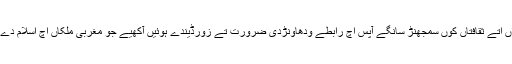
29 ستمبر (اے پی پی) وزیرخارجہ شاہ محمود قریشی مختلف معاشراں اتے ثقافتاں کوں سمجھنڑ سانگے آپس اچ رابطے ودھاونڑدی ضرورت تے زورڈیندے ہوئیں آکھیے جو مغربی ملکاں اچ اسلام دے حوالے نال پاتی گئی غلط فہمیاں تے پاکستان کوں گھاٹی تشویش ہے۔